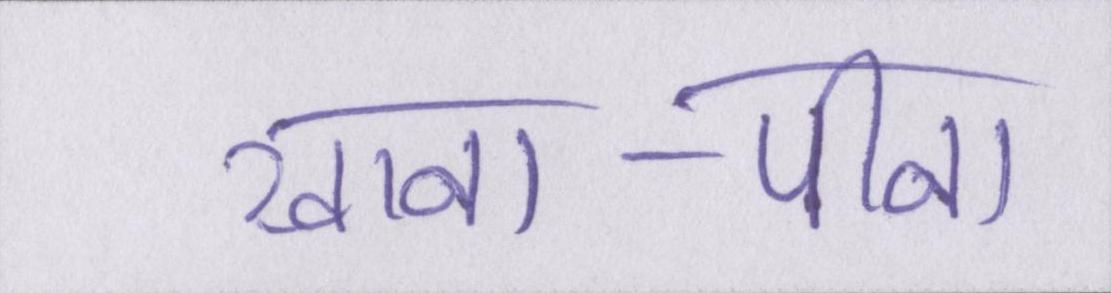
खाना-पीना